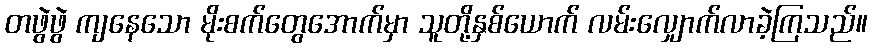
တဖွဲဖွဲ ကျနေသော မိုးစက်တွေအောက်မှာ သူတို့နှစ်ယောက် လမ်းလျှောက်လာခဲ့ကြသည်။